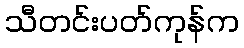
သီတင်းပတ်ကုန်က